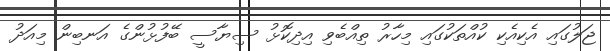
ޖަލުގައި އެކިއެކި ކުއްތަކުގައި މިހާރު ތިއްބެވި އިދިކޮޅު ސިޔާސީ ބޭފުޅުންގެ އަނބިން މިއަދު